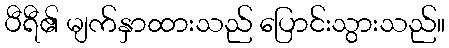
ပီရီ၏ မျက်နှာထားသည် ပြောင်းသွားသည်။